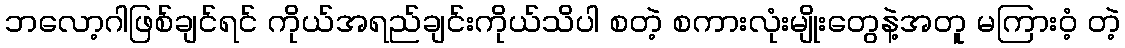
ဘလော့ဂါဖြစ်ချင်ရင် ကိုယ်အရည်ချင်းကိုယ်သိပါ စတဲ့ စကားလုံးမျိုးတွေနဲ့အတူ မကြားဝံ့ တဲ့